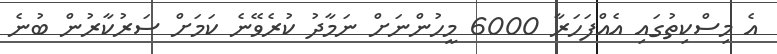
އެ މިސްކިތުގައި އެއްފަހަރާ 6000 މީހުންނަށް ނަމާދު ކުރެވޭނެ ކަމަށް ސަރުކާރުން ބުނެ